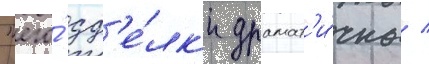
"его́ сд'е́лк'и драмат'и́чны /